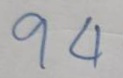
94